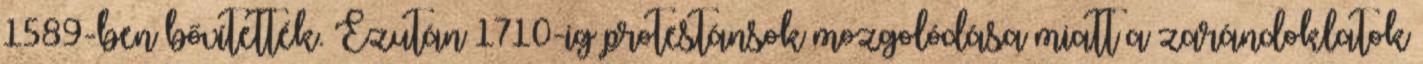
1589-ben bővítették. Ezután 1710-ig protestánsok mozgolódása miatt a zarándoklatok